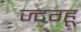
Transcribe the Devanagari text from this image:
ज्दग्हू